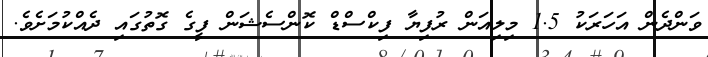
ވަންދެން އަހަރަކު 1.5 މިލިއަން ރުފިޔާ ފިކްސްޑް ކޮންސެޝަން ފީގެ ގޮތުގައި ދެއްކުމަށެވެ.